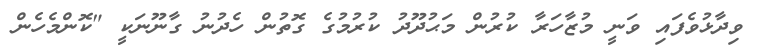
ވިދާޅުވެފައި ވަނީ މުޒާހަރާ ކުރުން މަޙުދޫދު ކުރުމުގެ ގޮތުން ހެދުނު ގާނޫނަކީ "ކޮންމެހެން